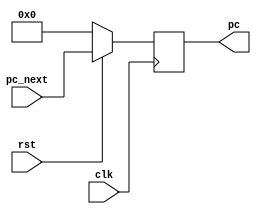
module programme_counter(pc_next,rst,clk,pc);
  input [31:0]pc_next;
  input clk,rst;
  output reg [31:0]pc;
  
  always@(posedge clk)begin
    if(!rst) begin    pc<=32'd0;  end
    else begin      pc<=pc_next;   end
  end
  
endmodule